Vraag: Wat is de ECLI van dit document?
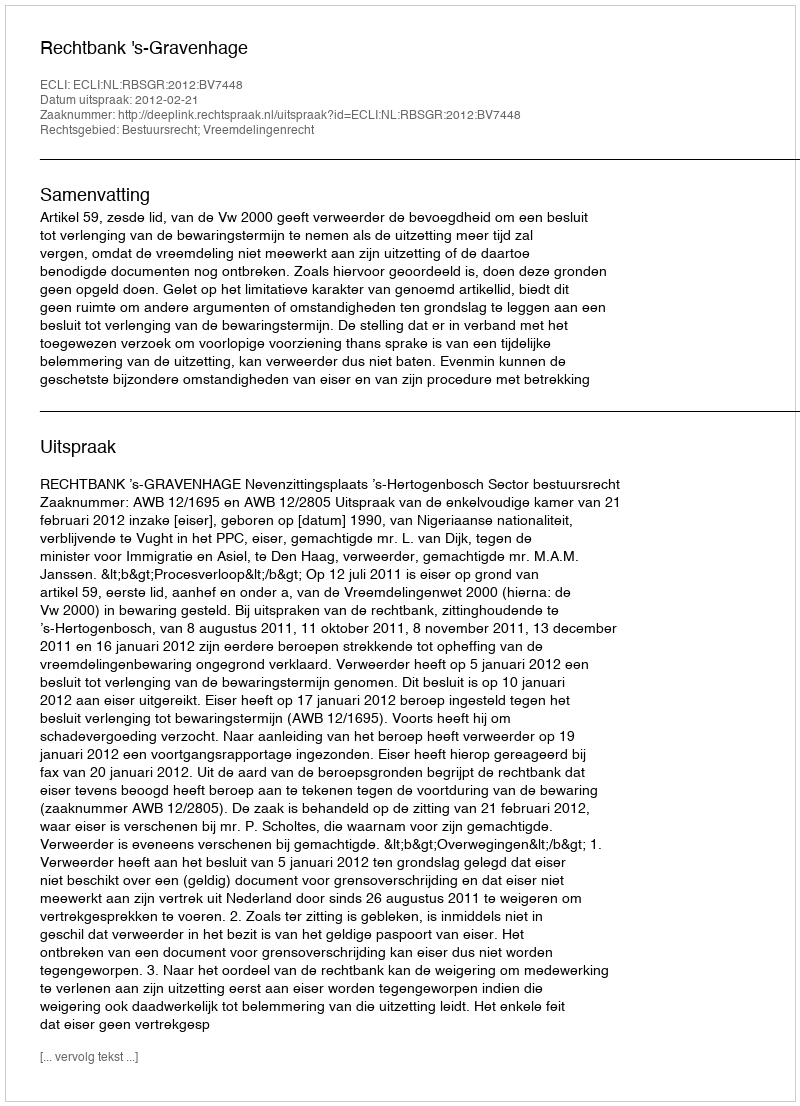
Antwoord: ECLI:NL:RBSGR:2012:BV7448